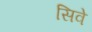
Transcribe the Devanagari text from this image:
सिवे